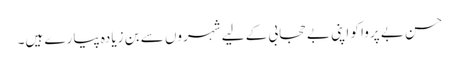
حسن بے پروا کو اپنی بے حجابی کے لیے شہروں سے بن زیادہ پیارے ہیں۔